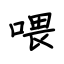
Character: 喂